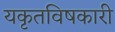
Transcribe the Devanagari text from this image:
यकृतविषकारी